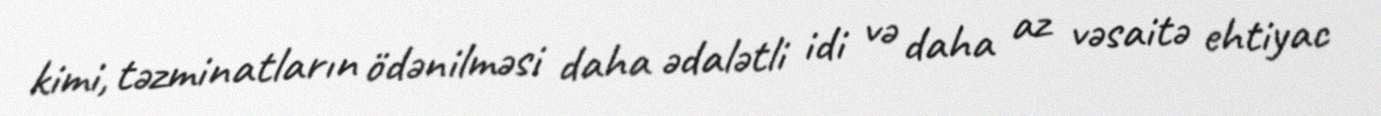
kimi, təzminatların ödənilməsi daha ədalətli idi və daha az vəsaitə ehtiyac